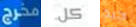
مخرج كل جيد